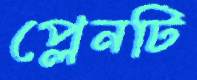
প্লেনটি